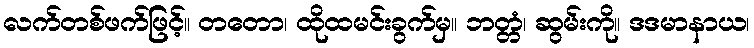
လက်တစ်ဖက်ဖြင့်။ တတော၊ ထိုထမင်းခွက်မှ။ ဘတ္တံ၊ ဆွမ်းကို။ ဒဒမာနာယ၊